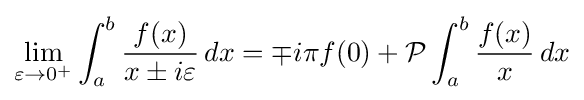
\lim _{\varepsilon \to 0^{+}}\int _{a}^{b}{\frac {f(x)}{x\pm i\varepsilon }}\,dx=\mp i\pi f(0)+{\mathcal {P}}\int _{a}^{b}{\frac {f(x)}{x}}\,dx